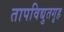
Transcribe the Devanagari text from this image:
तापविद्युतगृह